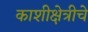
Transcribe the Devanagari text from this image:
काशीक्षेत्रीचे